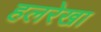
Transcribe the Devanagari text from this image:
हलरेखा